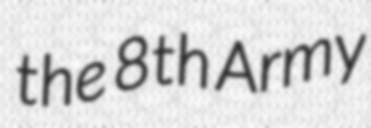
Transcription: the 8th Army